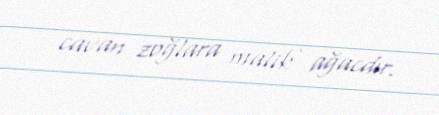
cavan zoğlara malik ağacdır.